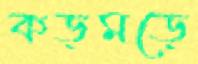
কড়মড়ে